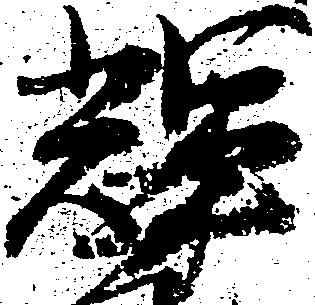
輝